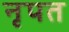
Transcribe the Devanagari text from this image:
नृपत